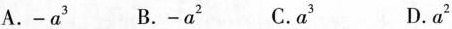
A. -a^{3} B. -a^{2} C. a^{3} D. a^{2}